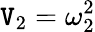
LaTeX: \mathtt{V}_{2}=\omega_{2}^{2}